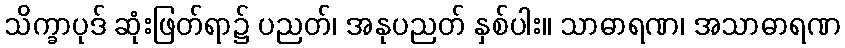
သိက္ခာပုဒ် ဆုံးဖြတ်ရာ၌ ပညတ်၊ အနုပညတ် နှစ်ပါး။ သာဓာရဏ၊ အသာဓာရဏ